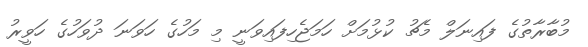
މުބާރާތުގެ ފައިނަލް މެޗު ކުޅުމަށް ހަމަޖެހިފައިވަނީ މި މަހުގެ ހަވަނަ ދުވަހުގެ ހަވީރު